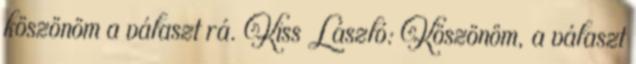
köszönöm a választ rá. Kiss László: Köszönöm, a választ